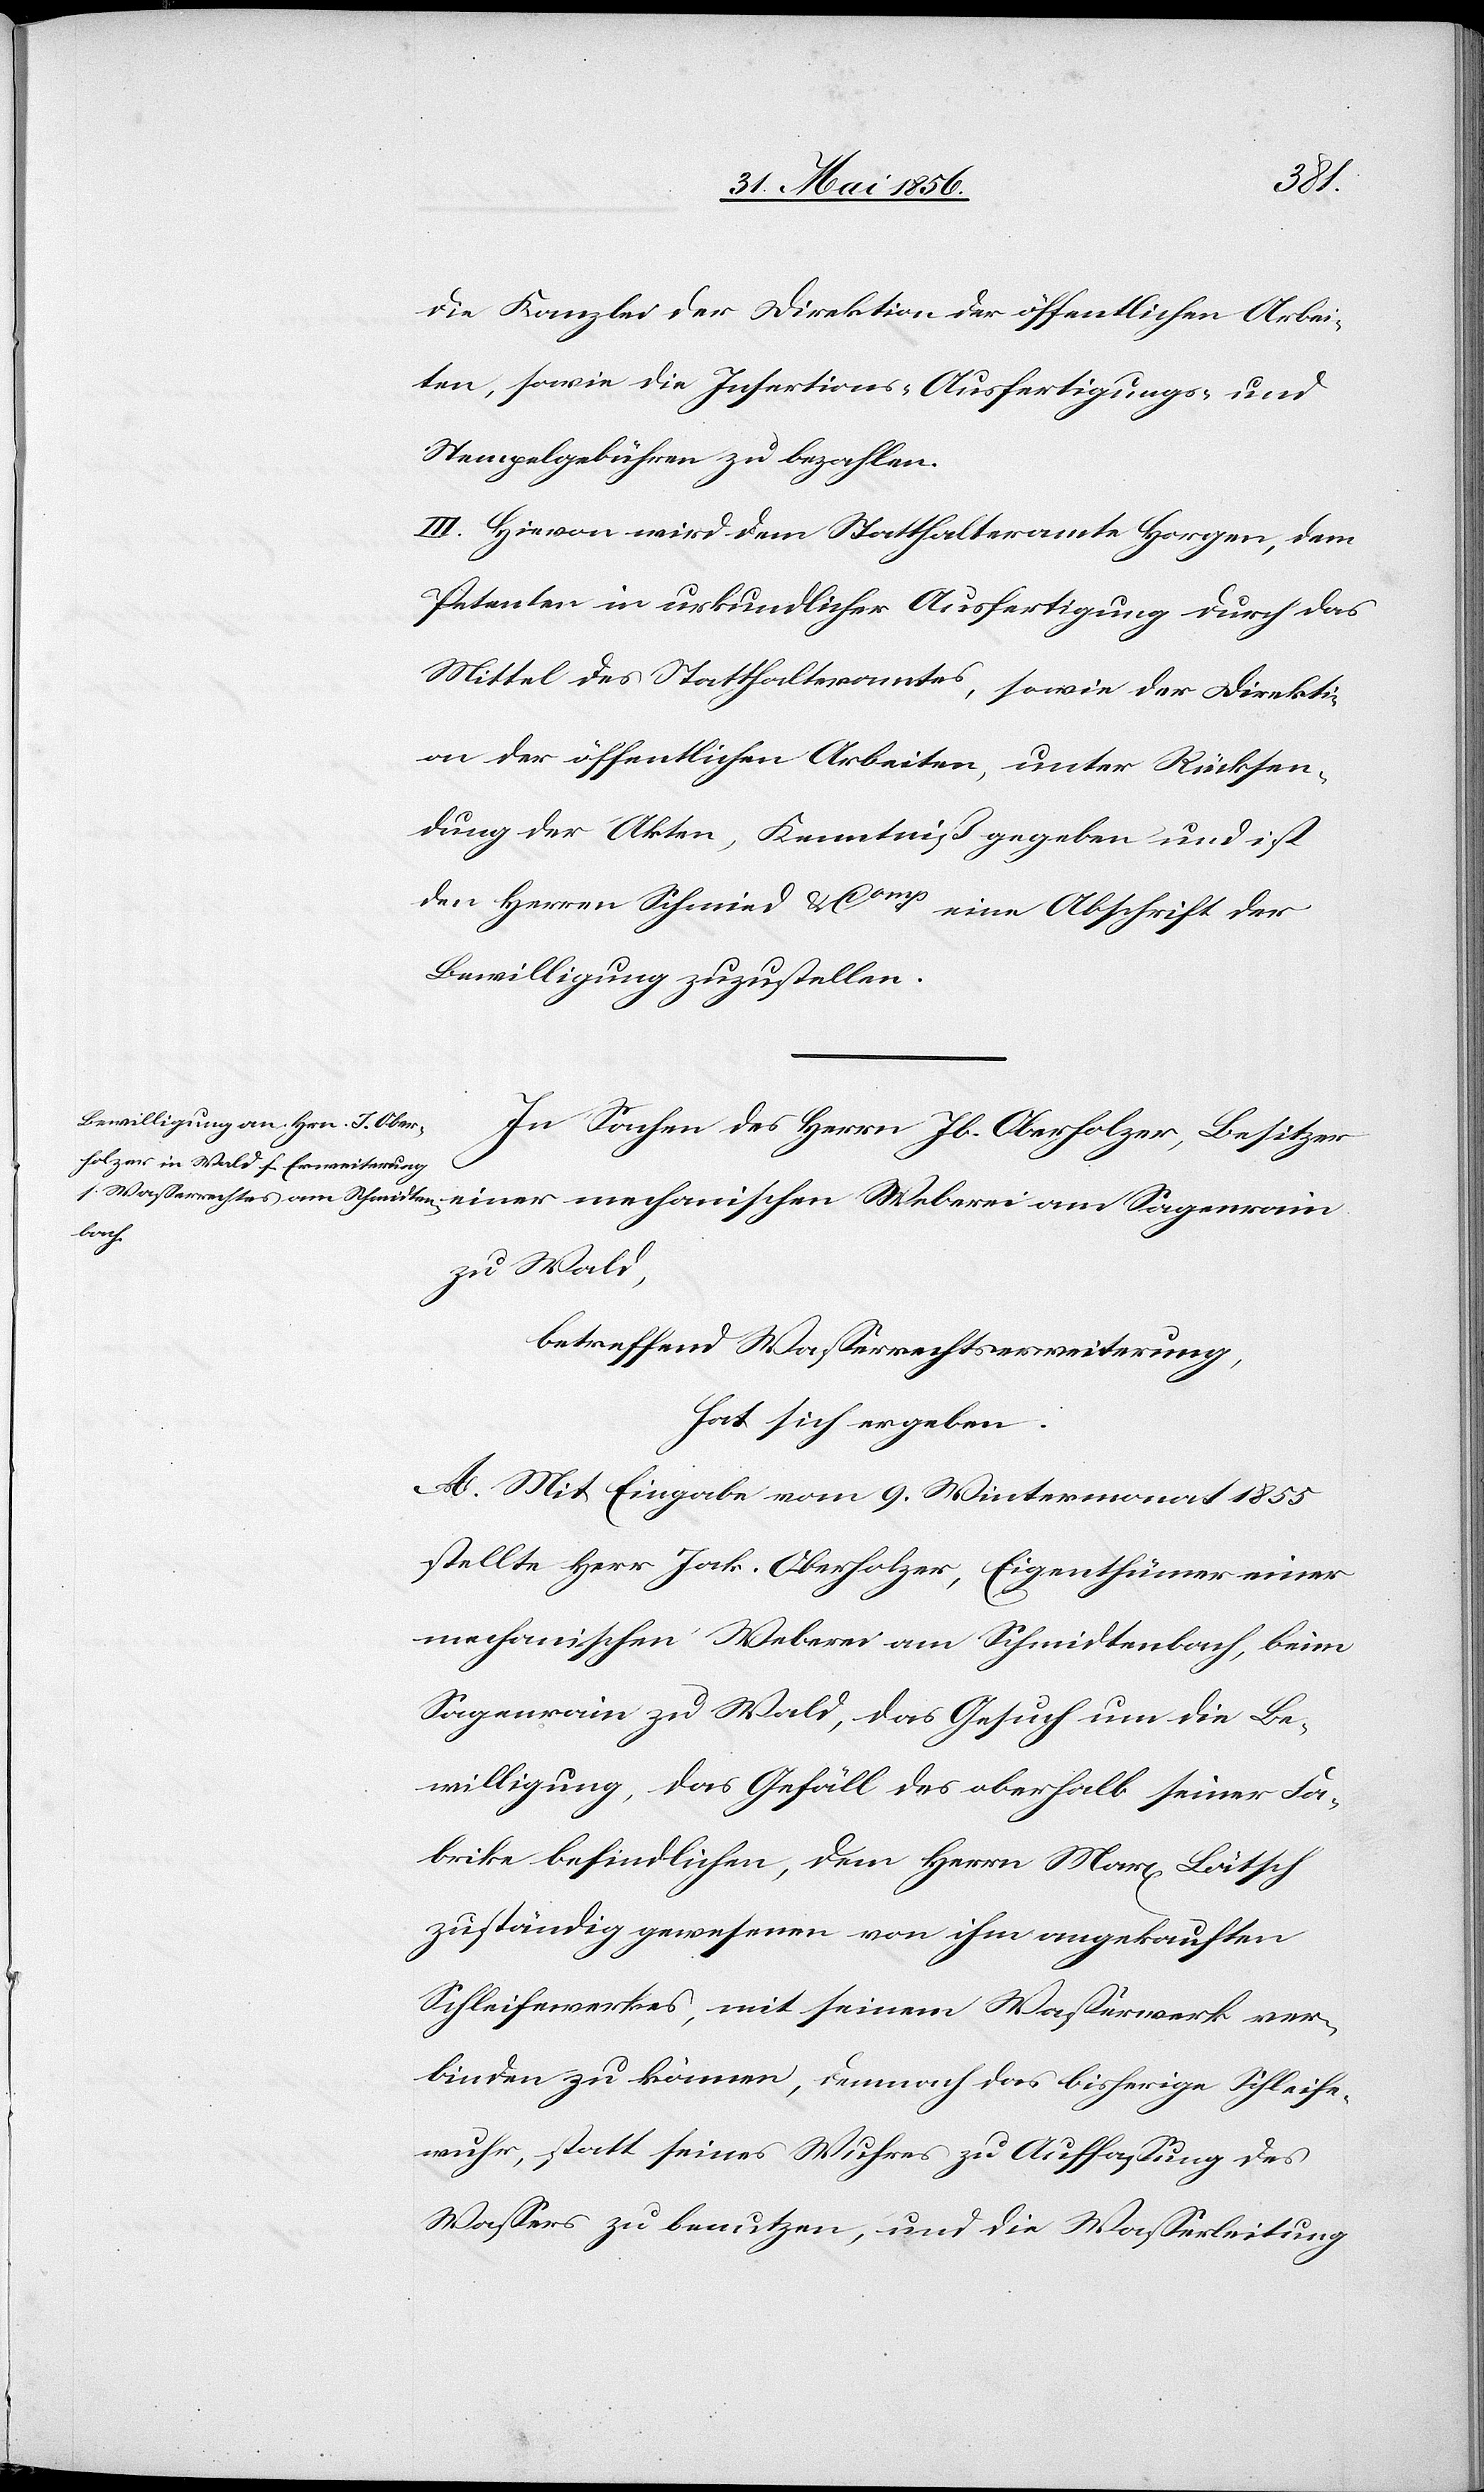
die Kanzlei der Direktion der öffentlichen Arbei¬
ten, sowie die Insertions-[,] Ausfertigungs- und
Stempelgebühren zu bezahlen.
III. Hievon wird dem Statthalteramte Horgen, dem
Petenten in urkundlicher Ausfertigung durch das
Mittel des Statthalteramtes, sowie der Direkti¬
on der öffentlichen Arbeiten, unter Rücksen¬
dung der Akten, Kenntniß gegeben und ist
den Herren Schmid & Comp eine Abschrift der
Bewilligung zuzustellen.
In Sachen des Herrn Jb. Oberholzer, Besitzer
einer mechanischen Weberei am Sagenrain
zu Wald,
betreffend Wasserrechtserweiterung,
hat sich ergeben:
A. Mit Eingabe vom 9. Wintermonat 1855
stellte Herr Jak. Oberholzer, Eigenthümer einer
mechanischen Weberei am Schmidtenbach, beim
Sagenrain zu Wald, das Gesuch um die Be¬
willigung, das Gefäll des oberhalb seiner Fa¬
brike befindlichen, dem Herrn Marx Lätsch
zuständig gewesenen von ihm angekauften
Schleifewerkes, mit seinem Wasserwerk ver¬
binden zu können, demnach das bisherige Schleife¬
wuhr, statt seines Wuhres zu Auffassung des
Wassers zu benutzen, und die Wasserleitung